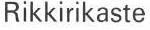
Rikkirikaste